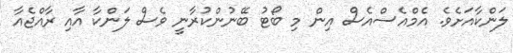
ލަންކާއަށެވެ. އެމްއެސްއެސް އިން މި ބޯޓު ބޭނުންކުރާނީ ވެސް ލަންކާ އާއި ރާއްޖެއާ